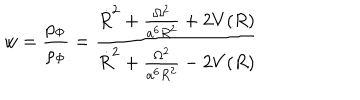
w = \frac { p _ { \Phi } } { \rho _ { \Phi } } = \frac { \dot { R } ^ { 2 } + \frac { \Omega ^ { 2 } } { a ^ { 6 } R ^ { 2 } } + 2 V ( R ) } { \dot { R } ^ { 2 } + \frac { \Omega ^ { 2 } } { a ^ { 6 } R ^ { 2 } } - 2 V ( R ) }